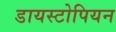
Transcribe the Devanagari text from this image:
डायस्टोपियन